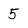
Character: 5